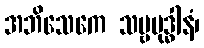
အဘိသေကေ သဗ္ဗဗုဒ္ဓါနံ၊